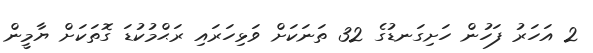
2 އަހަރު ފަހުން ހަށިގަނޑުގެ 32 ތަނަކަށް ވަޅިހަރައި ރަޙްމުކުޑަ ގޮތަކަށް ޔާމީން